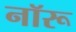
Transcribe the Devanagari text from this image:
नॉरू